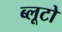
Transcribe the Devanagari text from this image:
ब्लूटो